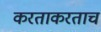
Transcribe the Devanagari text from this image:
करताकरताच